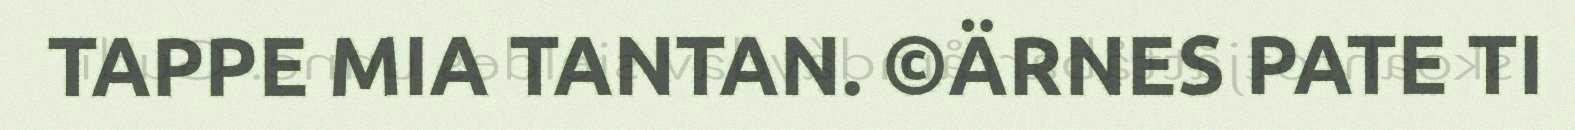
TAPPE MIA TANTAN. ©ÄRNES PATE TI